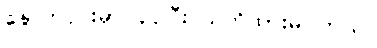
နောက်ပိုင်းမှာ ပိုပိုပြီး သတိထားမိပါတယ်။